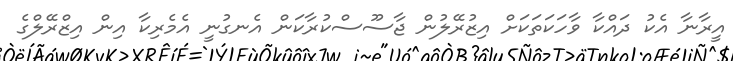
އީރާނާ އެކު ދައްކާ ވާހަކަަތަކަށް އިޒުރޭލުން ޖާސޫސްކުރާކަން އެނގުނީ އެމެރިކާ އިން އިޒްރޭލްގެ